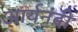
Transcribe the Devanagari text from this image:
आर्यनंदी